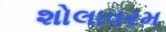
શોલાવરમ